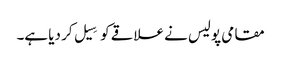
مقامی پولیس نے علاقے کو سِیل کر دیا ہے۔